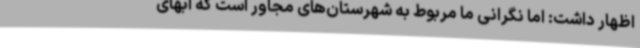
اظهار داشت: اما نگرانی ما مربوط به شهرستان‌های مجاور است که آبهای